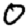
Digit: 0